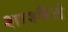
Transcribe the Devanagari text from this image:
शाश्वैतं